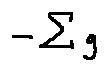
- \sum g